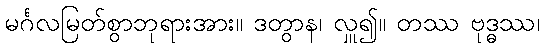
မင်္ဂလမြတ်စွာဘုရားအား။ ဒတွာန၊ လှူ၍။ တဿ ဗုဒ္ဓဿ၊